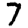
Digit: 7